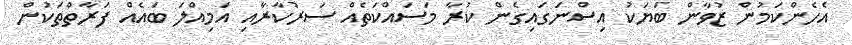
އެހެންކަމުން ޒުވާން ބަޔަކު އިސްނަގައިގެން ކުރާ މަސައްކަތެއް ސަރުކާރާއި އަމިއްލަ ބައެއް ފަރާތްތަކުން